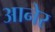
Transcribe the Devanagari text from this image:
आनेर